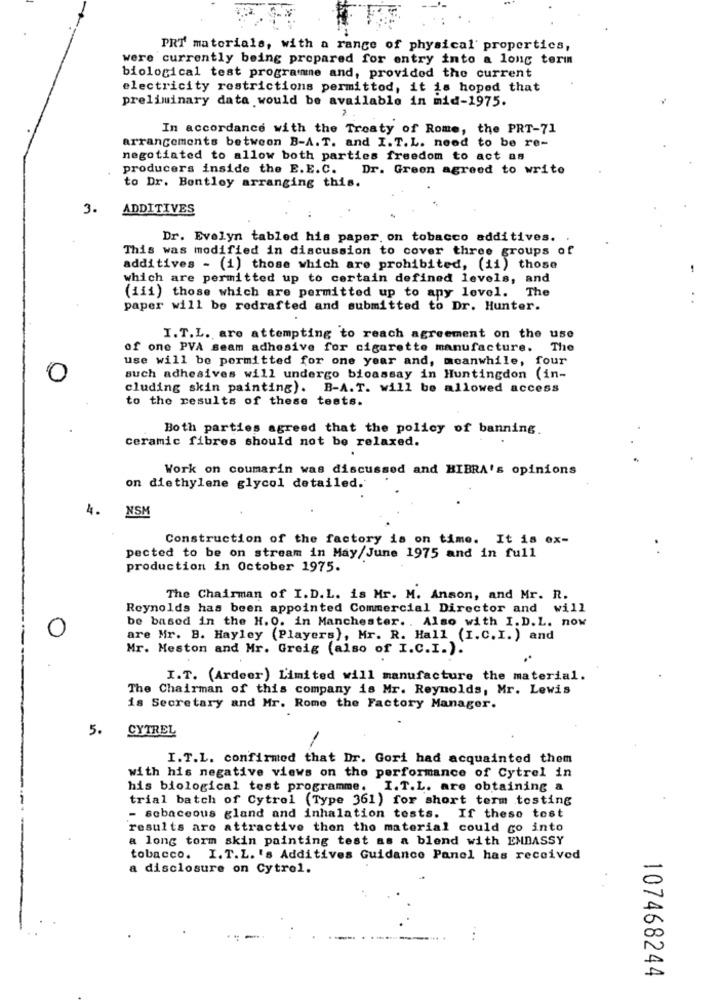
PRT materials, with a range of physical properties,
were currently being prepared for entry into a long term
biological test programme and, provided the current
electricity restrictions permittod, it is hoped that
preliminary data would be available in mid-1975.
In accordance with the Treaty of Rome, the PRT-71
arrangements between B-A.T. and I.T.L. need to be re-
negotiated to allow both parties freedom to act as
producers inside the E.E.C. Dr. Green agreed to write
to Dr. Bentley arranging this.
3.
ADDITIVES
Dr. Evelyn tabled his paper. on tobacco additives.
This was modified in discussion to cover three groups of
additives - (1) those which are prohibited, (ii) those
which are permitted up to certain defined levels, and
(iii) those which are permitted up to any level. The
. .
paper will be redrafted and submitted to Dr. Hunter.
I.T.L. are attempting to reach agreement on the use
of one PVA seam adhesive for cigarette manufacture.
The
use will be permitted for one year and, meanwhile, four
C
such adhesives will undergo bioassay in Huntingdon (in-
cluding skin painting). B-A.T. will be allowed access
to the results of these tests.
Both parties agreed that the policy of banning.
ceramic fibres should not be relaxed.
Work on coumarin was discussed and HIBRA's opinions
on diethylene glycol detailed.
NSM
4.
Construction of the factory is on time. It is ex-
pected to be on stream in May/June 1975 and in full
production in October 1975.
The Chairman of I.D.L. is Mr. M. Anson, and Mr. R.
Reynolds has been appointed Commercial Director and will
be based in the H.O. in Manchester. . Also with I. D.L. now
0
are Mr. B. Hayley (Players), Mr. R. Hall (I.C. I.) and
Mr. Meston and Mr. Greig (also of I.C.I.).
I.T. (Ardeer) Limited will manufacture the material.
The Chairman of this company is Mr. Reynolds, Mr. Lewis
is Secretary and Mr. Rome the Factory Manager.
5.
CYTREL
I.T.L. confirmed that Dr. Gori had acquainted them
with his negative views on the performance of Cytrel in
his biological test programme. I.T.L. are obtaining a
trial batch of Cytrol (Type 361) for short term testing
- sebaceous gland and inhalation tests. If theso tost
results are attractive then the material could go into
a long torm skin painting test as a blend with EMBASSY
tobacco. I.T.L. 's Additives Guidance Panel has received
a disclosure on Cytrol.
...
107468244